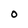
Character: 0